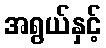
အရွယ်နှင့်